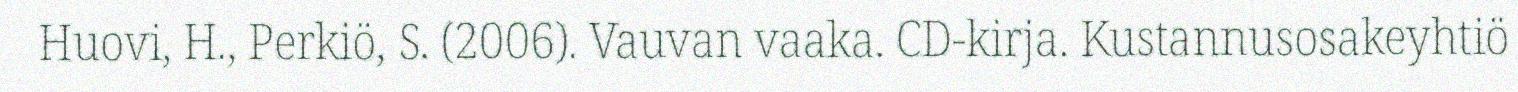
Huovi, H., Perkiö, S. (2006). Vauvan vaaka. CD-kirja. Kustannusosakeyhtiö